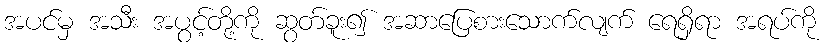
အပင်မှ အသီး အပွင့်တို့ကို ဆွတ်ခူး၍ အဆာပြေစားသောက်လျက် ရေရှိရာ အရပ်ကို